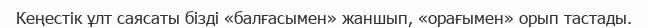
Кеңестiк ұлт саясаты бiздi «балғасымен» жаншып, «орағымен» орып тастады.